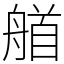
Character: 艏